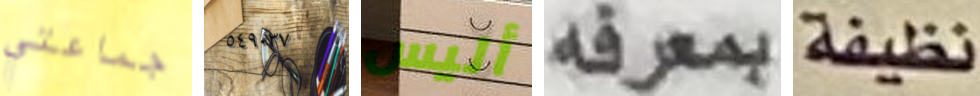
جماعتي ٥٤٩٠٣٧ أليس بمعرفه نظيفة